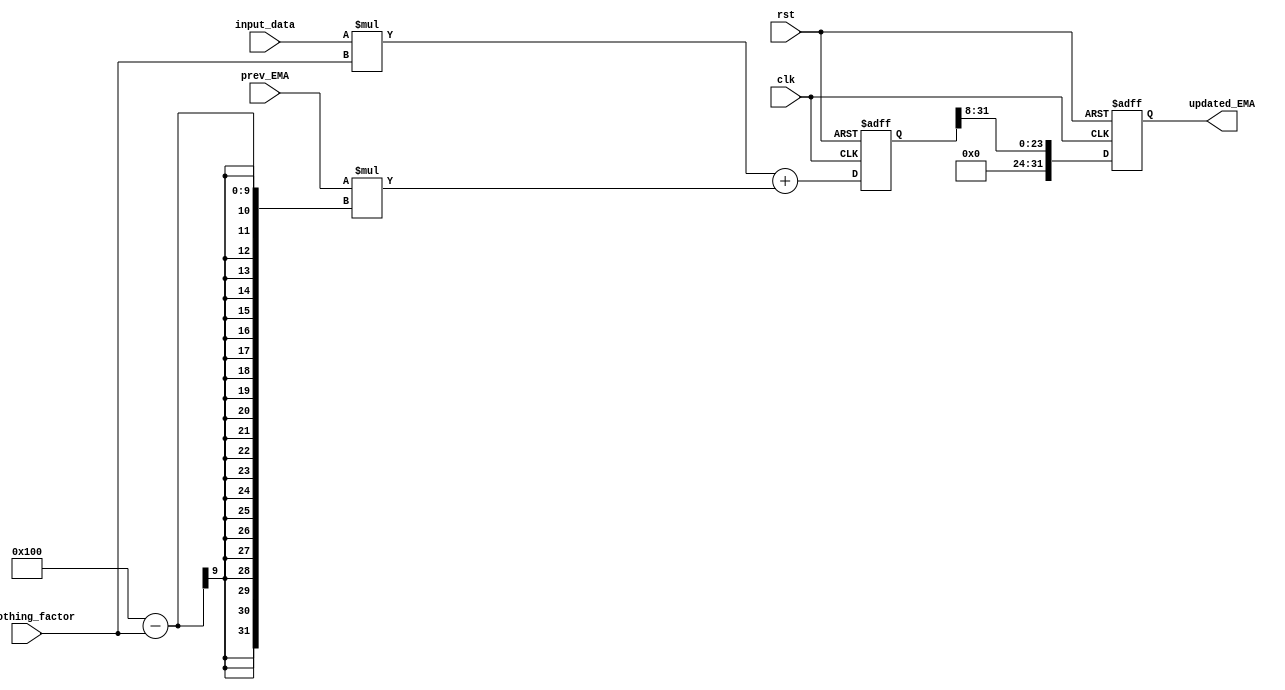
module EMA_accumulator (
  input wire clk,
  input wire rst,
  input wire [31:0] prev_EMA,
  input wire [31:0] input_data,
  input wire [7:0] smoothing_factor,
  output reg [31:0] updated_EMA
);

reg [31:0] intermediate_result;

always @(posedge clk or posedge rst) begin
  if (rst) begin
    updated_EMA <= 0;
    intermediate_result <= 0;
  end else begin
    intermediate_result <= (input_data * smoothing_factor) + (prev_EMA * (256 - smoothing_factor));
    updated_EMA <= intermediate_result >> 8;
  end
end

endmodule